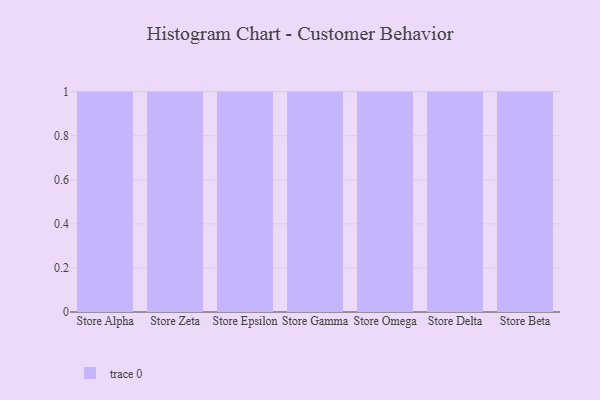
{"axis": {"x": "Store", "y": "Inventory Turnover"}, "legend": [""], "data": [{"x": "Store Alpha", "y": 94, "type": ""}, {"x": "Store Zeta", "y": 83, "type": ""}, {"x": "Store Epsilon", "y": 43, "type": ""}, {"x": "Store Gamma", "y": 95, "type": ""}, {"x": "Store Omega", "y": 16, "type": ""}, {"x": "Store Delta", "y": 41, "type": ""}, {"x": "Store Beta", "y": 32, "type": ""}]}